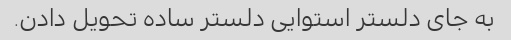
به جای دلستر استوایی دلستر ساده تحویل دادن.